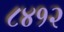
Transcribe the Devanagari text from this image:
८४१२